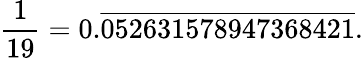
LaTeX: {\frac{1}{19}}=0.{\overline{{052631578947368421}}}.